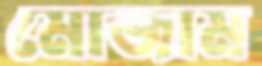
মোজাম